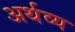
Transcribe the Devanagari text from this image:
अर्थव्य